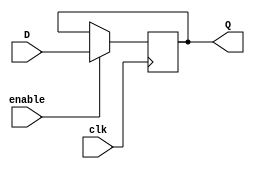
module latch (
    input wire clk,      // Clock signal
    input wire enable,   // Enable signal
    input wire D,        // Input data
    output reg Q         // Output data
);

always @(posedge clk) begin
    if(enable) begin
        Q <= D;         // Latch the input data when enable signal is asserted
    end
end

endmodule